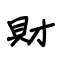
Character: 財